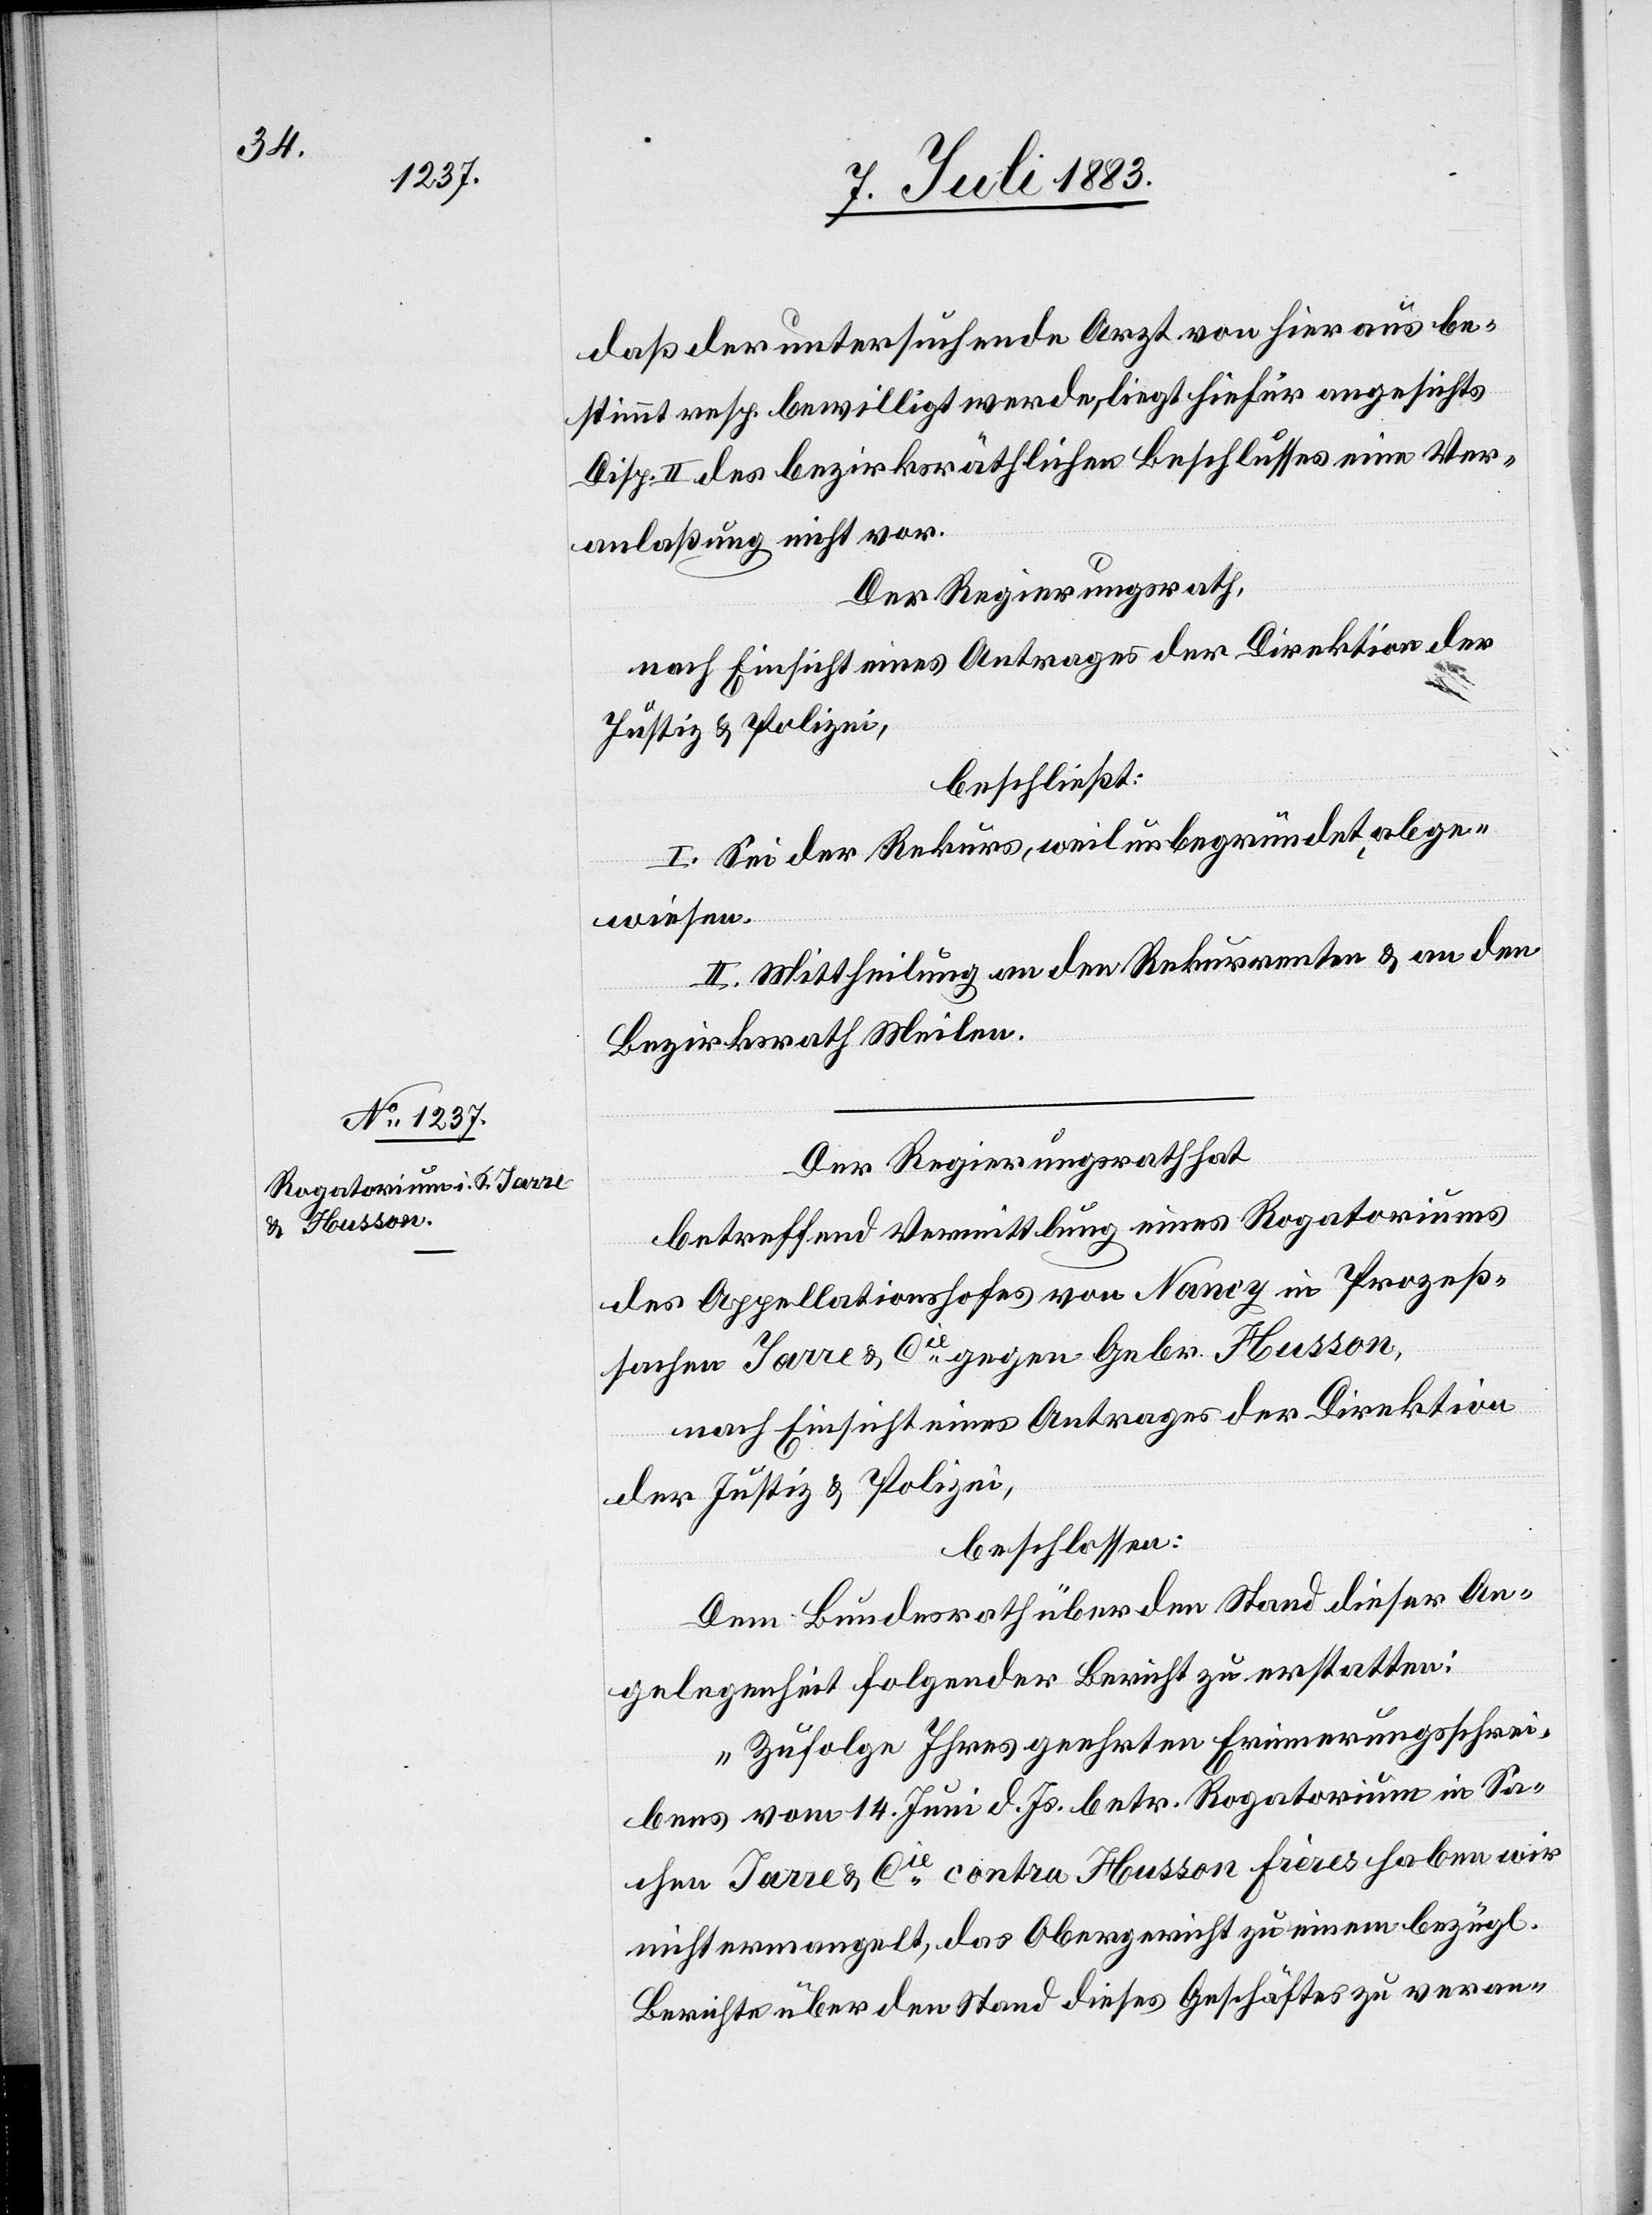
daß der untersuchende Arzt von hieraus be¬
stimmt resp. bewilligt werde, liegt hiefür angesichts
Disp. II des bezirksräthlichen Beschlusses eine Ver¬
anlaßung nicht vor.
Der Regierungsrath,
nach Einsicht eines Antrages der Direktion der
Justiz & Polizei,
beschließt:
I. Sei der Rekurs, weil unbegründet, abge¬
wiesen.
II. Mittheilung an den Rekurrenten & an den
Bezirksrath Meilen.
Der Regierungsrath hat,
betreffend Vermittlung eines Rogatoriums
des Appellationshofes von Nancy in Prozeß¬
sachen Jarre & Cie gegen Gebr. Husson,
nach Einsicht eines Antrages der Direktion
den]
der Justiz & Polizei,
beschlossen:
Dem Bundesrath über den Stand dieser An¬
gelegenheit folgender [recte: folgen¬
„Zufolge Ihres geehrten Erinnerungsschrei¬
bens vom 14. Juni d. Js. betr. Rogatorium in Sa¬
chen Jarre & Cie contra Husson Frères haben wir
nicht ermangelt, das Obergericht zu einem bezügl.
Berichte über den Stand dieses Geschäftes zu veran-